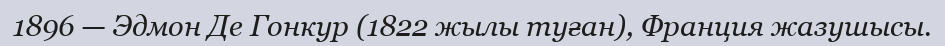
1896 — Эдмон Де Гонкур (1822 жылы туған), Франция жазушысы.